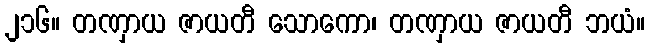
၂၁၆။ တဏှာယ ဇာယတီ သောကော၊ တဏှာယ ဇာယတီ ဘယံ။